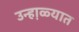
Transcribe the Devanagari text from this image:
उन्हा़ळ्यात